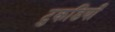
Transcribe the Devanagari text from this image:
टुकडियाँ